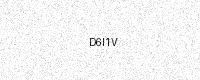
Text: D6I1V